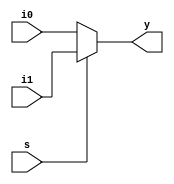
`timescale 1ns / 1ps
//////////////////////////////////////////////////////////////////////////////////
// Company: 
// Engineer: 
// 
// Design Name: 
// Module Name:    mux2_1 
// Project Name: 
// Target Devices: 
// Tool versions: 
// Description: 
//
// Dependencies: 
//
// Revision: 
// Revision 0.01 - File Created
// Additional Comments: 
//
//////////////////////////////////////////////////////////////////////////////////
module mux2_1(
    input [3:0] i0,
    input [3:0] i1,
    input s,
    output [3:0] y
    );
	 
	 assign y = s ? i1 : i0;

endmodule